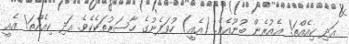
އަދި ކިއެއްތަ! އެއުރެން ބުނޫއެވެ. (އެއީ) ހުވަފެނުގެ ހާސަރުތަކެކެވެ. އަދި ކިއެއްތަ! އެއީ